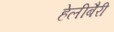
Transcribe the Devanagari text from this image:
हेलीबैरी